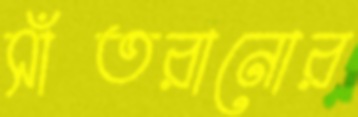
সাঁতরানোর